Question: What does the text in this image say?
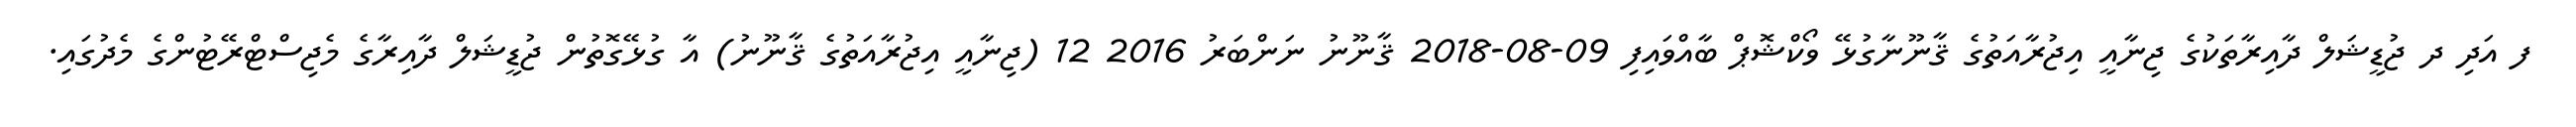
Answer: ފ އަދި ދ ޖުޑީޝަލް ދާއިރާތަކުގެ ޖިނާއީ އިޖުރާއަތުގެ ޤާނޫނާގުޅޭ ވޯކްޝޮޕް ބާއްވައިފި 09-08-2018 ޤާނޫނު ނަންބަރު 2016 12 (ޖިނާއީ އިޖުރާއަތުގެ ޤާނޫނު) އާ ގުޅޭގޮތުން ޖުޑީޝަލް ދާއިރާގެ މެޖިސްޓްރޭޓުންގެ މެދުގައި.